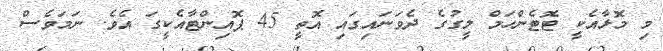
މި މޮޅާއެކީ ޓޮޓެންހަމް ލީގުގެ ދެވަނައިގައި އޮތީ 45 ޕޮއިންޓާއެކީގަ އެވެ. ނަމަވެސް